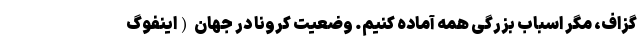
گزاف، مگر اسباب بزرگی همه آماده کنیم. وضعیت کرونا در جهان (اینفوگ